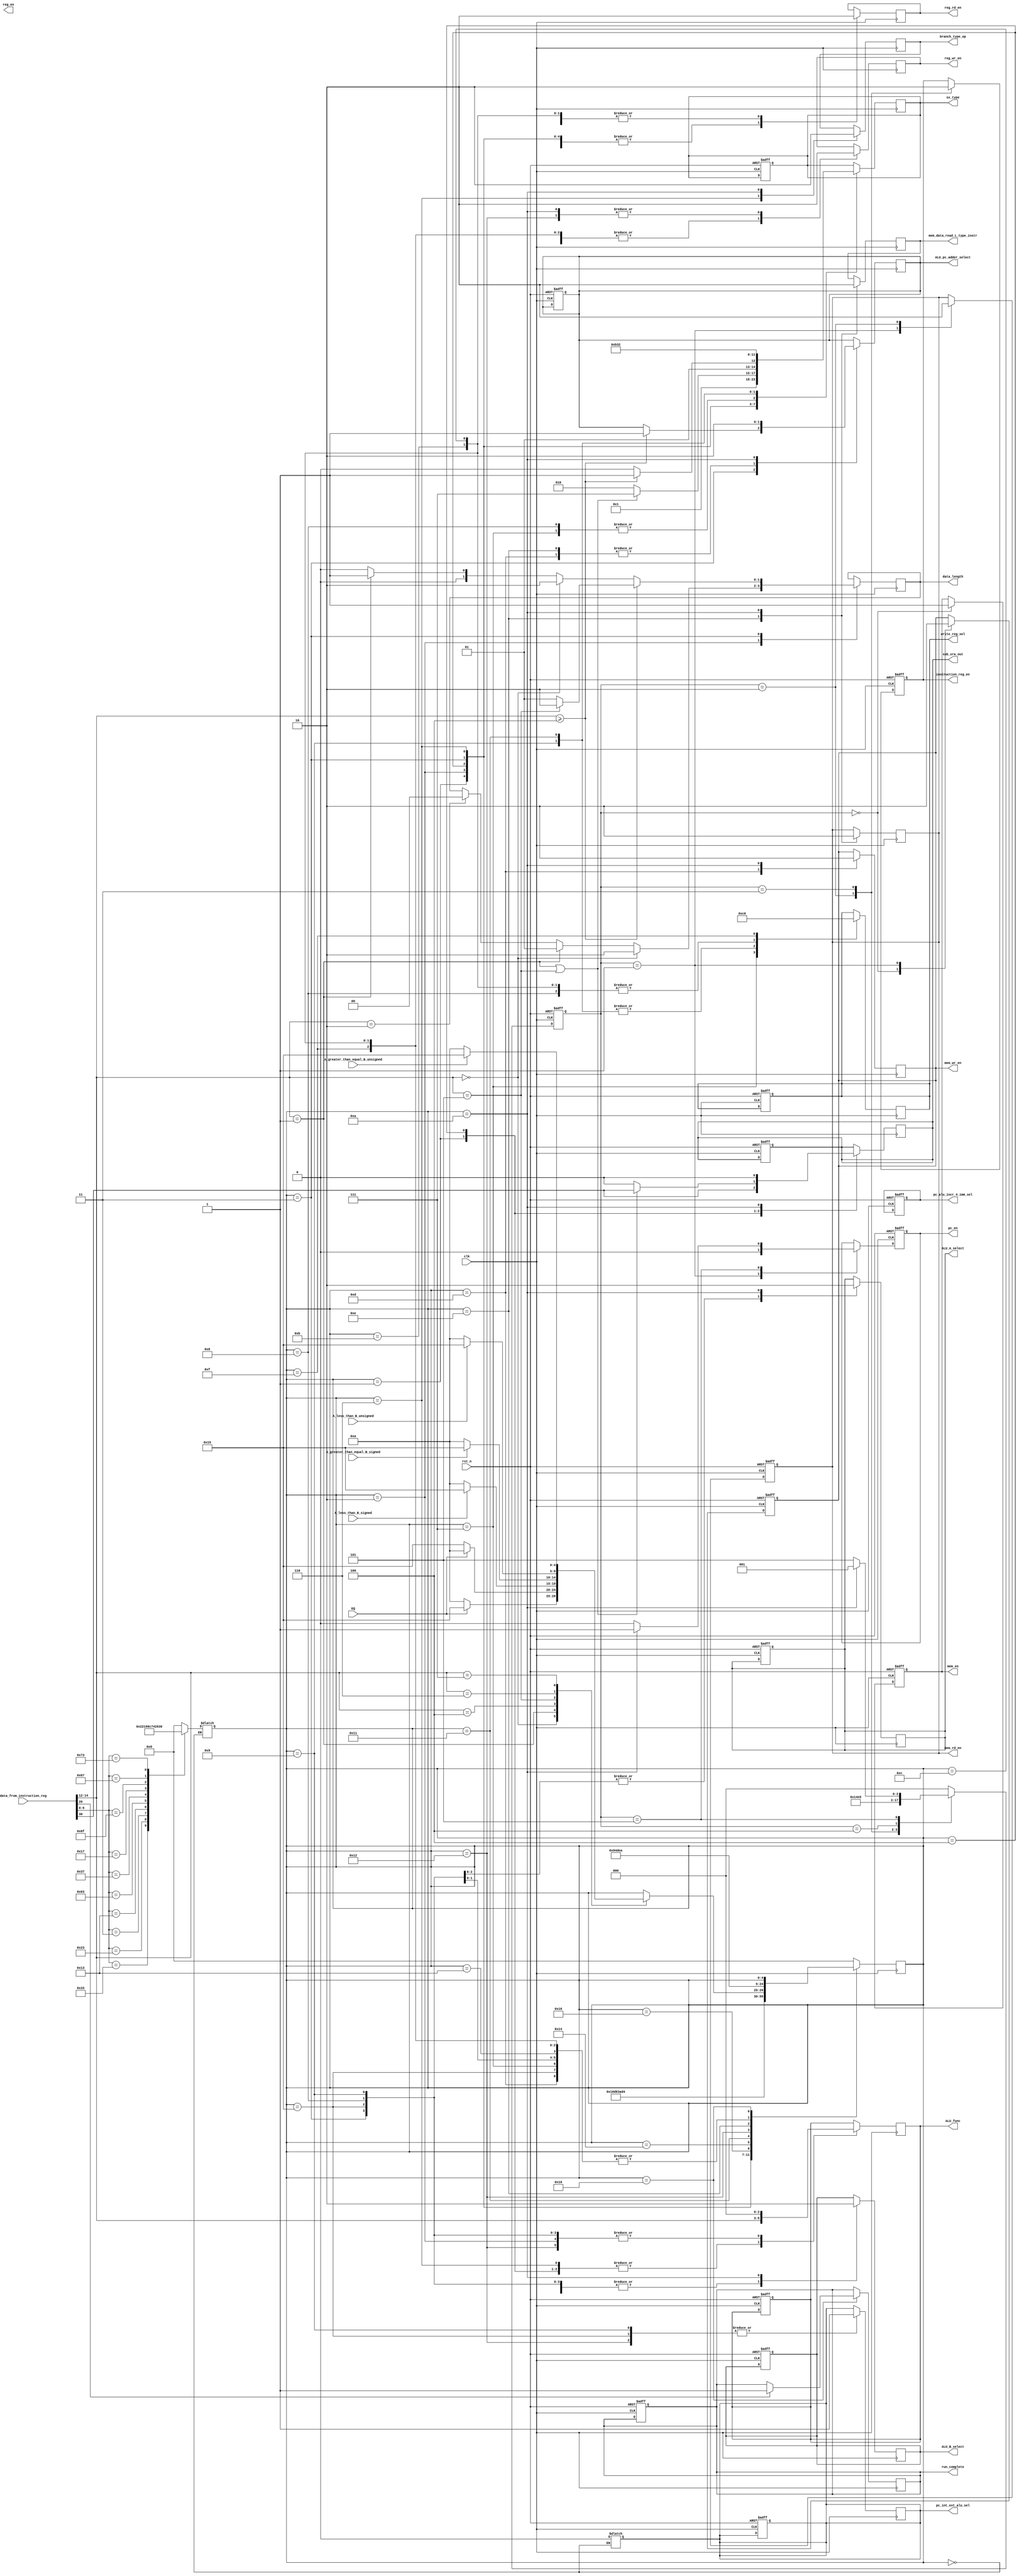
module controller_new (
    input clk,
    input rst_n,    
    input [31:0] data_from_instruction_reg,
    input EQ,
    input A_greater_than_equal_B_signed,
    input A_greater_than_equal_B_unsigned,
    input A_less_than_B_signed,
    input A_less_than_B_unsigned,
    output reg sub_sra_out,
    output reg [2:0] ALU_func,
    output reg ALU_pc_adder_select,
    output reg [1:0] write_reg_sel,
    output reg ALU_A_select,
    output reg ALU_B_select,
    output reg mem_en, 
    output reg mem_wr_en,
    output reg mem_rd_en,
    output reg reg_en,
    output reg reg_wr_en,
    output reg reg_rd_en,
    output reg instruction_reg_en,
    output reg pc_en,
    output reg pc_alu_incr_4_imm_sel,
    output reg pc_int_ext_alu_sel,
    output reg [2:0] sx_type,
    output reg [1:0] data_length,
    output reg mem_data_read_L_type_instr,
    output reg run_complete,
    output reg branch_type_op
);
    

    parameter IDLE = 0,
              R_type_opcode = 1,
              S_type_opcode = 2,
              I_load_type_opcode = 3,
              I_arithmatic_type_opcode = 4,
              I_jump_type_opcode = 5,
              B_type_opcode = 6,
              U_load_type_opcode = 7,
              U_arithmatic_type_opcode = 8,
              JUMP_AND_LINK_type_opcode = 9,
              NOP = 10,
              R_type_opcode_write = 11,
              I_arithmatic_type_opcode_write = 12,
              S_type_opcode_write = 13,
              I_load_type_opcode_mem_read = 14,
              I_load_type_opcode_reg_write = 15,
              E_type_opcode = 16,
              JUMP_AND_LINK_REG_write_type_opcode = 17,
              JUMP_AND_LINK_REG_read_type_opcode = 18,
              JUMP_AND_LINK_REG_NOP = 19,
              B_type_opcode_decide = 20,
              B_type_opcode_branch = 21,
              B_type_opcode_NOP_first = 22,
              B_type_opcode_NOP_second = 23;

    parameter zero_extend = 0,
              imm_s_extend = 1,
              imm_i_sign_extend = 2,
              imm_i_zero_extend = 3,
              imm_u_extend = 4,
              imm_b_extend = 5,
              imm_j_extend = 6,
              shamt_i_extend = 7;

    parameter init_state = 0,
              mem_read_en_state = 1,
              mem_read_off_instruction_reg_en_state = 2,
              instruction_reg_off_state = 3,
              pc_IDLE_state = 4,              
              program_counter_enable_state = 5;
    
    parameter full_word = 0,
              half_word = 1,
              byte_word = 2;
              
    reg [4:0] next_state;
    reg [2:0] next_init_stage;
    

    wire [6:0] opcode;
    wire [2:0] func;
    wire sub_sra_in;

    assign opcode = data_from_instruction_reg[6:0];
    assign func = data_from_instruction_reg[14:12];
    assign sub_sra_in = data_from_instruction_reg[30];

    always @ (posedge clk or negedge rst_n) begin
        if (!rst_n) begin
            ALU_func = 3'b0;
            ALU_pc_adder_select = 1'b0;
            write_reg_sel = 2'b10;
            ALU_A_select = 1'b0;
            ALU_B_select = 1'b0;
            mem_en = 1'b0;
            mem_wr_en = 1'b0;
            mem_rd_en = 1'b0;
            instruction_reg_en = 1'b0;
            pc_en = 1'b0; 
            pc_alu_incr_4_imm_sel = 1'b0;
            pc_int_ext_alu_sel = 1'b0;
            sx_type = 3'b0;
            run_complete <= 1'b0;
            sub_sra_out <= 1'b0;
            
            next_init_stage <= init_state;

        end
        else begin
            case (next_init_stage)
                init_state : begin
                    mem_en = 1'b1;
                    mem_wr_en = 1'b1;
                    next_init_stage <= mem_read_en_state;
                end

                mem_read_en_state : begin                    
                    mem_wr_en = 1'b0;
                    mem_rd_en = 1'b1;   
                    pc_en = 1'b0;                                     
                    next_init_stage <= mem_read_off_instruction_reg_en_state;
                end

                mem_read_off_instruction_reg_en_state : begin
                    mem_rd_en = 1'b0;
                    instruction_reg_en = 1'b1;
                    next_init_stage <= instruction_reg_off_state;
                end

                instruction_reg_off_state : begin
                    instruction_reg_en = 1'b0;
                    next_init_stage <= pc_IDLE_state;
                end

                pc_IDLE_state : begin                    
                    next_init_stage <= program_counter_enable_state;
                end

                program_counter_enable_state : begin
                    if (next_state == 4'hA) begin
                        next_init_stage <= mem_read_en_state;
                        pc_en = 1'b1;
                    end
                    else begin
                        next_init_stage <= program_counter_enable_state;
                        pc_en = 1'b0;
                    end
                end

                default : next_init_stage <= init_state;
            endcase
        end
    end

    always @ ( data_from_instruction_reg ) begin
        case (next_state)
            IDLE : begin
                case (opcode)                       //opcode
                    7'b0110011 : next_state <= R_type_opcode;
                    7'b0100011 : next_state <= S_type_opcode;
                    7'b0000011 : next_state <= I_load_type_opcode;
                    7'b0010011 : next_state <= I_arithmatic_type_opcode;
                    7'b1100011 : next_state <= B_type_opcode;
                    7'b0110111 : next_state <= U_load_type_opcode;
                    7'b0010111 : next_state <= U_arithmatic_type_opcode;
                    7'b1101111 : next_state <= JUMP_AND_LINK_type_opcode;
                    7'b1100111 : next_state <= JUMP_AND_LINK_REG_write_type_opcode;
                    7'b1110011 : next_state <= E_type_opcode;
                    default    : next_state <= IDLE;
                endcase  

                pc_int_ext_alu_sel <= 1'b0;                  
            end
        endcase
    end

    always @ (posedge clk) begin
        case(next_state)
            R_type_opcode : begin
                ALU_func = func; // func
                sub_sra_out = sub_sra_in; // sub_sra
                sx_type <= zero_extend;
                reg_rd_en <= 1'b1;
                next_state <= R_type_opcode_write;
            end

            S_type_opcode : begin
                sx_type <= imm_s_extend;
                reg_rd_en <= 1'b1;
                ALU_B_select <= 1'b1;
                next_state <= S_type_opcode_write;
                ALU_func <= 3'b000;

                if (func == 3'b000)
                    data_length <= byte_word;
                else if (func == 3'b001)
                    data_length <= half_word;
                else if (func == 3'b010)
                    data_length <= full_word;
            end

            I_arithmatic_type_opcode : begin
                if (func == 3'd1 || func == 3'd5 ) begin
                    sx_type <= shamt_i_extend;
                    sub_sra_out <= sub_sra_in;
                    reg_rd_en <= 1'b1;
                    ALU_B_select <= 1'b1;                   
                end
                else begin
                    sx_type <= imm_i_sign_extend;
                    ALU_B_select <= 1'b1;                    
                    reg_rd_en <= 1'b1;
                    // if ( data_from_instruction_reg[31] == 1'b1 )
                    //     sub_sra_out <= 1'b1;
                    // else
                    sub_sra_out <= 1'b0;
                end
                ALU_func <= func;
                next_state <= I_arithmatic_type_opcode_write;
            end

            I_load_type_opcode : begin
                if (func >= 4) begin
                    sx_type <= imm_i_zero_extend;
                    reg_rd_en <= 1'b1;
                    ALU_B_select <= 1'b1;
                    ALU_pc_adder_select <= 1'b1;
                    ALU_func <= 3'b000;
                    next_state <= I_load_type_opcode_mem_read;
                    if (func == 3'b101)
                        data_length <= byte_word;
                    else
                        data_length <= half_word;
                    end
                    
                else begin
                    sx_type <= imm_i_sign_extend;
                    reg_rd_en <= 1'b1;
                    ALU_B_select <= 1'b1;
                    ALU_func <= 3'b000;
                    next_state <= I_load_type_opcode_mem_read;

                    if (func == 3'b000)
                        data_length <= byte_word;
                    else if (func == 3'b001)
                        data_length <= half_word;
                    else
                        data_length <= full_word;
                end
            end

            B_type_opcode : begin
                sx_type <= imm_b_extend;
                branch_type_op <= 1'b1;
                reg_rd_en <= 1'b1;
                ALU_func <= func;
                next_state <= B_type_opcode_NOP_first;             
            end

            B_type_opcode_NOP_first : begin
                next_state <= B_type_opcode_decide;    
            end

            B_type_opcode_decide : begin
                case (func)
                    3'b000 : begin
                        if (EQ == 1'b1)
                            next_state <= B_type_opcode_branch;
                        else
                            next_state <= NOP;
                    end
                    3'b001 : begin
                        if (EQ == 1'b0)
                            next_state <= B_type_opcode_branch;
                        else
                            next_state <= NOP;
                    end
                    3'b100 : begin
                        if (A_less_than_B_signed == 1'b1)
                            next_state <= B_type_opcode_branch;
                        else
                            next_state <= NOP;
                    end
                    3'b101 : begin
                        if (A_greater_than_equal_B_signed == 1'b1)
                            next_state <= B_type_opcode_branch;
                        else
                            next_state <= NOP;
                    end
                    3'b110 : begin
                        if (A_less_than_B_unsigned == 1'b1)
                            next_state <= B_type_opcode_branch;
                        else
                            next_state <= NOP;
                    end
                    3'b111 : begin
                        if (A_greater_than_equal_B_unsigned == 1'b1)
                            next_state <= B_type_opcode_branch;
                        else
                            next_state <= NOP;
                    end
                endcase
            end

            B_type_opcode_branch : begin
                ALU_A_select <= 1'b1;
                ALU_B_select <= 1'b1;
                pc_int_ext_alu_sel <= 1'b1;
                ALU_func <= 3'b000;
                next_state <= NOP;
            end

            U_load_type_opcode: begin
                sx_type <= imm_u_extend;
                write_reg_sel <= 2'b11;
                reg_wr_en <= 1'b1;
                next_state <= NOP;                    
            end

            U_arithmatic_type_opcode : begin
                sx_type <= imm_u_extend;
                ALU_A_select <= 1'b1;
                ALU_B_select <= 1'b1;
                reg_wr_en <= 1'b1;
                write_reg_sel <= 2'b01;
                ALU_func <= 3'b000;
                next_state <= NOP;
            end

            JUMP_AND_LINK_type_opcode : begin
                sx_type <= imm_j_extend;
                write_reg_sel <= 2'b00;
                reg_wr_en <= 1'b1;
                ALU_func <= 3'b000;
                ALU_A_select <= 1'b1;
                ALU_B_select <= 1'b1;
                pc_int_ext_alu_sel <= 1'b1;
                next_state <= NOP;
            end

            JUMP_AND_LINK_REG_write_type_opcode : begin
                sx_type <= imm_i_sign_extend;
                reg_wr_en <= 1'b1;
                write_reg_sel <= 2'b00;
                next_state <= JUMP_AND_LINK_REG_read_type_opcode;
            end

            JUMP_AND_LINK_REG_read_type_opcode : begin
                reg_wr_en <= 1'b0;
                reg_rd_en <= 1'b1;
                ALU_B_select <= 1'b1;
                ALU_func <= 3'b000;
                pc_int_ext_alu_sel <= 1'b1;
                next_state <= JUMP_AND_LINK_REG_NOP;
            end     

            JUMP_AND_LINK_REG_NOP : begin
                next_state <= NOP;
            end        

            R_type_opcode_write : begin
                reg_rd_en = 1'b0;
                reg_wr_en = 1'b1;
                write_reg_sel = 2'b01;
                next_state <= NOP;
            end

            I_arithmatic_type_opcode_write : begin
                reg_rd_en = 1'b0;
                reg_wr_en = 1'b1;
                write_reg_sel = 2'b01;
                next_state <= NOP;
            end

            S_type_opcode_write : begin
                ALU_pc_adder_select <= 1'b1;
                mem_wr_en <= 1'b1;
                next_state <= NOP;
            end

            I_load_type_opcode_mem_read : begin
                ALU_pc_adder_select <= 1'b1;
                mem_data_read_L_type_instr <= 1'b1;
                mem_rd_en <= 1'b1;
                next_state <= I_load_type_opcode_reg_write;
            end

            I_load_type_opcode_reg_write : begin
                write_reg_sel <= 2'b10;
                reg_wr_en <= 1'b1;
                next_state <= NOP;
            end

            E_type_opcode : begin
                if (data_from_instruction_reg[20] == 1'b1)
                    run_complete <= 1'b1;
            end

            NOP : begin
                reg_wr_en <= 1'b0;
                reg_rd_en <= 1'b0;
                ALU_A_select <= 1'b0;
                ALU_B_select <= 1'b0;
                ALU_pc_adder_select <= 1'b0;
                mem_wr_en <= 1'b0;
                mem_rd_en <= 1'b0;
                mem_data_read_L_type_instr <= 1'b0;
                branch_type_op <= 1'b0;
                sub_sra_out <= 1'b0;
                next_state <= IDLE;
            end

            default: next_state <= IDLE;
        endcase
    end
    
endmodule